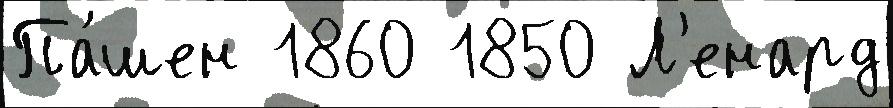
Па́шен 1860 1850 Л'енард